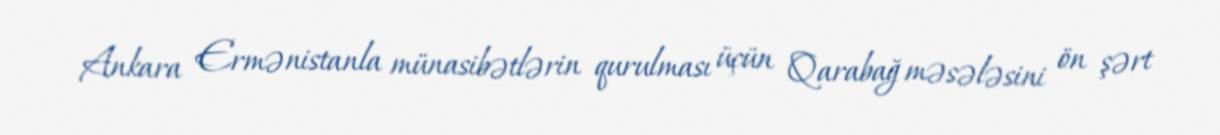
Ankara Ermənistanla münasibətlərin qurulması üçün Qarabağ məsələsini ön şərt